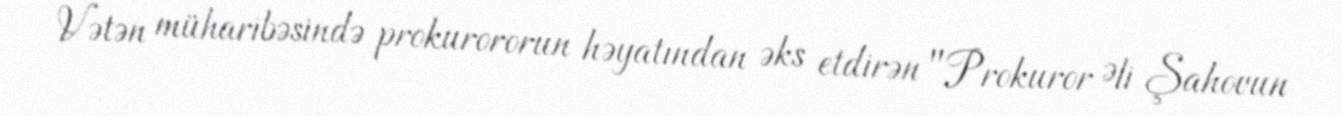
Vətən müharibəsində prokurororun həyatından əks etdirən "Prokuror Əli Şahovun